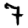
Digit: 7